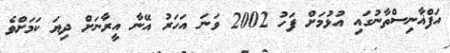
އަފްޣާނިސްތާނުގައި އުޅުމަށް ފަހު 2002 ވަނަ އަހަރު އޭނާ އީރާނަށް ދިޔަ ކަމަށްވެ